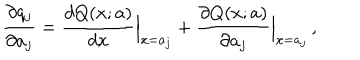
{ \frac { \partial q _ { j } } { \partial a _ { j } } } = { \frac { d Q ( x ; a ) } { d x } } \Bigr \vert _ { x = a _ { j } } + { \frac { \partial Q ( x ; a ) } { \partial a _ { j } } } \Bigr \vert _ { x = a _ { j } } \, ,